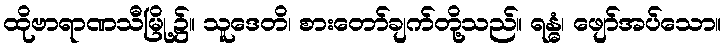
ထိုဗာရာဏသီမြို့၌။ သူဒေတိ၊ စားတော်ချက်တို့သည်။ ရန္ဓံ၊ ဖျော်အပ်သော။